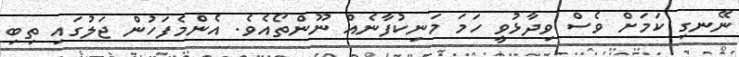
ނޭނގި ކަމަށް ވެސް ވިދާޅުވީ ހަމަ މަނިކުފާނެއް ނޫންތޯއެވެ. އެންމެފަހުން ޖަލުގައި ތިބި